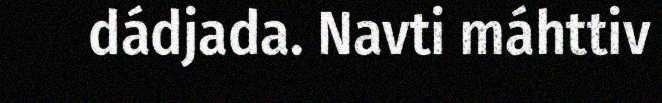
dádjada. Navti máhttiv